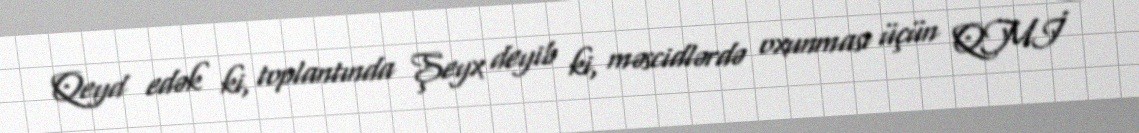
Qeyd edək ki, toplantında Şeyx deyib ki, məscidlərdə oxunması üçün QMİ